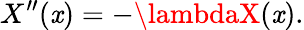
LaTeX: X^{\prime\prime}(\mathit{x})=-\lambdaX(\mathit{x}).